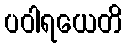
ပဝါရယေတိ